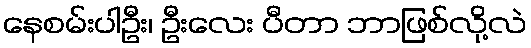
နေစမ်းပါဦး၊ ဦးလေး ပီတာ ဘာဖြစ်လို့လဲ